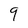
Character: 9